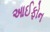
આઈફોન